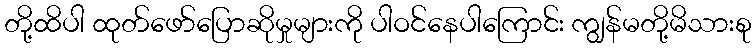
တို့ထိပါ ထုတ်ဖော်ပြောဆိုမှုများကို ပါဝင်နေပါကြောင်း ကျွန်မတို့မိသားစု